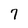
Character: 7